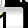
Digit: 1